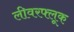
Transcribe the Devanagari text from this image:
लीवरफ्लूक